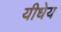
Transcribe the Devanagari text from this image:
यीधेय